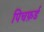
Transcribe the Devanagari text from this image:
पिचफ़र्ड